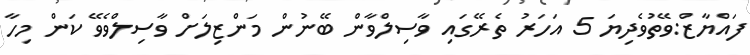
ފައްޔާޒް:ވޭތުވެދިޔަ 5 އަހަރު ތެރޭގައި ވާސިލްވާން ބޭނުން މަންޒިލަށް ވާސިލްވެވޭ ކަން މިހާ